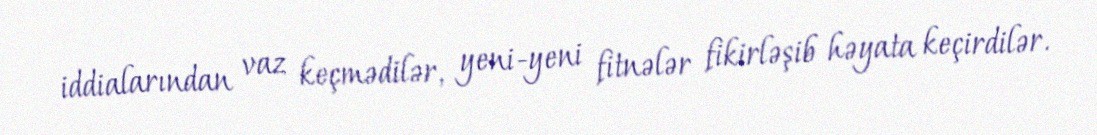
iddialarından vaz keçmədilər, yeni-yeni fitnələr fikirləşib həyata keçirdilər.